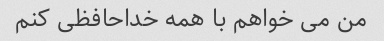
من می خواهم با همه خداحافظی کنم